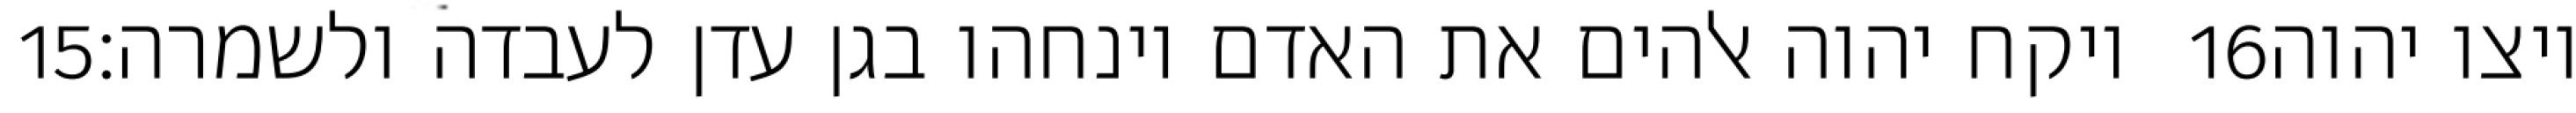
‎15‏ ויקח יהוה אלהים את האדם וינחהו בגן עדן לעבדה ולשמרה׃ ‎16‏ ויצו יהוה